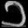
Digit: ၁